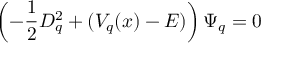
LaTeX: \left( - \frac { 1 } { 2 } D _ { q } ^ { 2 } + ( V _ { q } ( x ) - E ) \right) \Psi _ { q } = 0